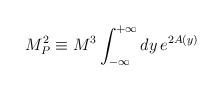
LaTeX: \begin{align*}M_P^2\equiv M^3\int_{-\infty}^{+\infty}dy\,e^{2A(y)}\end{align*}